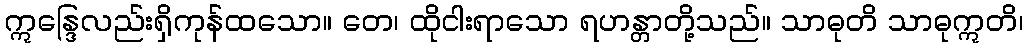
ဣန္ဒြေလည်းရှိကုန်ထသော။ တေ၊ ထိုငါးရာသော ရဟန္တာတို့သည်။ သာဓုတိ သာဓုဣတိ၊